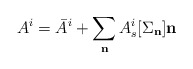
\begin{align*}A^i = \bar{A}^i + \sum_{\bf n} A_{s}^i[{\Sigma_{\bf n}}] {\bf n}\end{align*}